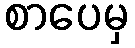
စာပေမှ